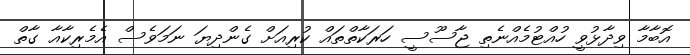
އޮބާމާ ވިދާޅުވީ ހުއްޓުމެއްނެތި ޖާސޫސީ ހަރަކާތްތައް ކުރިއަށް ގެންދިޔަ ނަމަވެސް އެމެރިކާއާ ގާތް